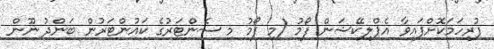
ފުރިހަމަކޮށްފައިވާ އެޕްލިކޭޝަން ފޯމު (މި ފޯމު މި ސެންޓަރުގެ ކައުންޓަރުން ބަންދު ނޫން